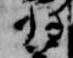
将